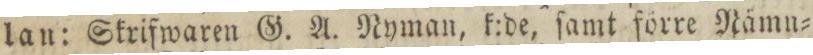
lan: Skrifwaren G. A. Nyman, k:de, ſamt förre Nämn=